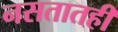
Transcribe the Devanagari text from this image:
नसतातही